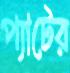
প্যাটের